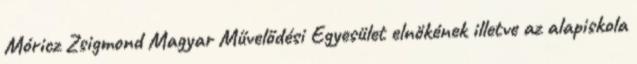
Móricz Zsigmond Magyar Művelődési Egyesület elnökének illetve az alapiskola